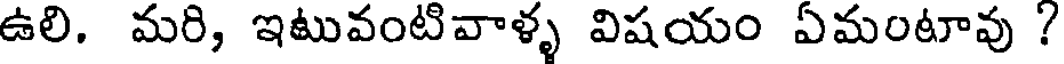
ఉలి. మరి, ఇటువంటివాళ్ళ విషయం ఏమంటావు ?